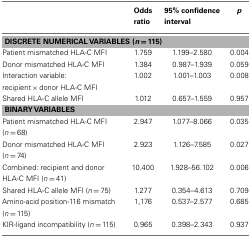
|  | Odds ratio | 95% confidence interval | p |
 | --- | --- | --- | --- |
 | <COLSPAN=4> DISCRETE NUMERICAL VARIABLES (n = 115) |
 | Patient mismatched HLA-C MFI | 1.759 | 1.199–2.580 | 0.004 |
 | Donor mismatched HLA-C MFI | 1.384 | 0.987–1.939 | 0.059 |
 | Interaction variable: recipient × donor HLA-C MFI | 1.002 | 1.001–1.003 | 0.008 |
 | Shared HLA-C allele MFI | 1.012 | 0.657–1.559 | 0.957 |
 | <COLSPAN=4> BINARY VARIABLES |
 | Patient mismatched HLA-C MFI (n = 68) | 2.947 | 1.077–8.066 | 0.035 |
 | Donor mismatched HLA-C MFI (n = 74) | 2.923 | 1.126–7.585 | 0.027 |
 | Combined: recipient and donor HLA-C MFI (n = 41) | 10.400 | 1.928–56.102 | 0.006 |
 | Shared HLA-C allele MFI (n = 75) | 1.277 | 0.354–4.613 | 0.709 |
 | Amino-acid position-116 mismatch (n = 115) | 1,176 | 0.537–2.577 | 0.685 |
 | KIR-ligand incompatibility (n = 115) | 0.965 | 0.398–2.343 | 0.937 |